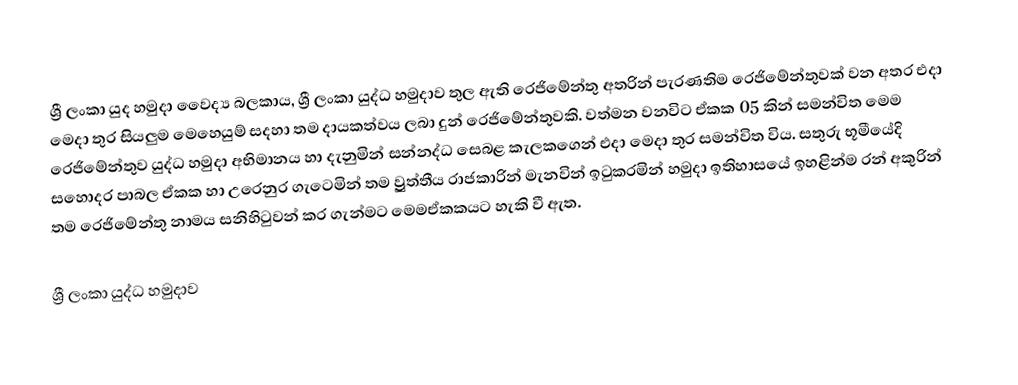
ශ්‍රී ලංකා යුද හමුදා වෛද්‍ය බලකාය, ශ්‍රී ලංකා යුද්ධ හමුදාව තුල ඇති රෙජිමේන්තු අතරින් පැරණතිම රෙජිමේන්තුවක් වන අතර එදා මෙදා තුර සියලුම මෙහෙයුම් සදහා තම දායකත්වය ලබා දුන් රෙජිමේන්තුවකි. වත්මන වනවිට ඒකක 05 කින් සමන්විත මෙම රෙජිමේන්තුව යුද්ධ හමුදා අභිමානය හා දැනුමින් සන්නද්ධ සෙබළ කැලකගෙන් එදා මෙදා තුර සමන්විත විය. සතුරු භූමීයේදි සහොදර පාබල ඒකක හා උරෙනුර ගැටෙමින් තම ව්‍රුත්තීය රාජකාරින් මැනවින් ඉටුකරමින් හමුදා ඉතිහාසයේ ඉහළින්ම රන් අකුරින් තම රෙජිමේන්තු නාමය සනිහිටුවන් කර ගැන්මට මෙමඒකකයට හැකි වී ඇත.

ශ්‍රී ලංකා යුද්ධ හමුදාව